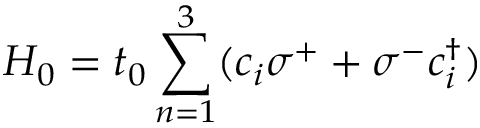
H _ { 0 } = t _ { 0 } \sum _ { n = 1 } ^ { 3 } ( c _ { i } \sigma ^ { + } + \sigma ^ { - } c _ { i } ^ { \dagger } )